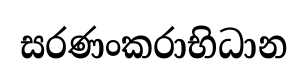
සරණංකරාභිධාන